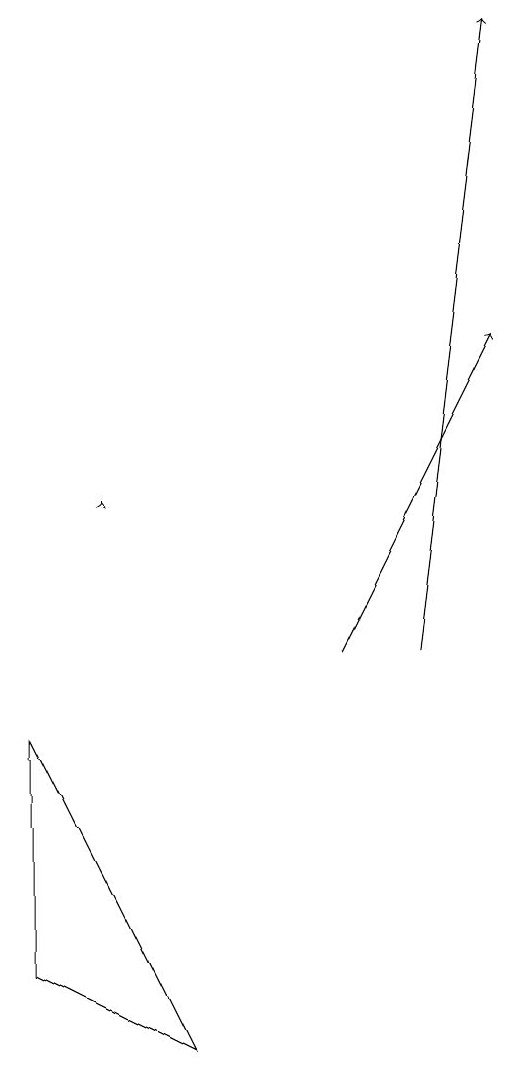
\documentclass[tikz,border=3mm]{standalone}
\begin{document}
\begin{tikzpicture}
\draw (1,9) -- (3,5) -- (1,6) -- cycle;
\draw[->] (2,12) -- (2,12);
\draw[->] (5,10) -- (7,14);
\draw[->] (6,10) -- (7,18);
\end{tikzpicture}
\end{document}